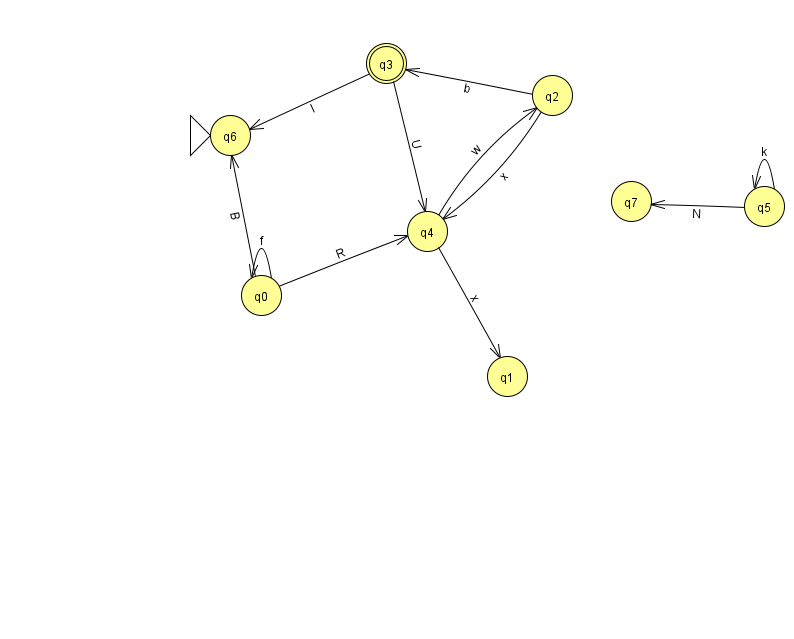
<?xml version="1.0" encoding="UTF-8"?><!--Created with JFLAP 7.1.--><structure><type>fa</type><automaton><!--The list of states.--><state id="0" name="q0"><x>261.0</x><y>282.0</y></state><state id="1" name="q1"><x>507.0</x><y>363.0</y></state><state id="2" name="q2"><x>552.0</x><y>82.0</y></state><state id="3" name="q3"><x>386.0</x><y>50.0</y><final/></state><state id="4" name="q4"><x>427.0</x><y>218.0</y></state><state id="5" name="q5"><x>764.0</x><y>193.0</y></state><state id="6" name="q6"><x>230.0</x><y>122.0</y><initial/></state><state id="7" name="q7"><x>631.0</x><y>188.0</y></state><!--The list of transitions.--><transition><from>2</from><to>4</to><read>x</read></transition><transition><from>0</from><to>6</to><read>B</read></transition><transition><from>2</from><to>3</to><read>b</read></transition><transition><from>5</from><to>7</to><read>N</read></transition><transition><from>0</from><to>0</to><read>f</read></transition><transition><from>3</from><to>4</to><read>U</read></transition><transition><from>4</from><to>1</to><read>x</read></transition><transition><from>0</from><to>4</to><read>R</read></transition><transition><from>5</from><to>5</to><read>k</read></transition><transition><from>4</from><to>2</to><read>w</read></transition><transition><from>3</from><to>6</to><read>I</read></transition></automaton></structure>